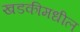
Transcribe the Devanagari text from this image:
खडकीमधील